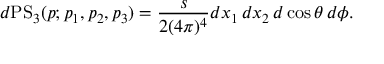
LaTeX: d \mathrm { P S } _ { 3 } ( p ; p _ { 1 } , p _ { 2 } , p _ { 3 } ) = \frac { s } { 2 ( 4 \pi ) ^ { 4 } } d x _ { 1 } \, d x _ { 2 } \, d \cos \theta \, d \phi .